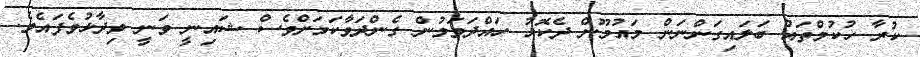
ކުރާ ހުކުމްތައް ބަަލައިގަންނަން މައުމޫން ދެކޮޅު ހައްދަވަމުން ގެންދަވާކަމަށްވެސް ޝައިނީ ވަނީ ވިދާޅުވެފައެވެ.